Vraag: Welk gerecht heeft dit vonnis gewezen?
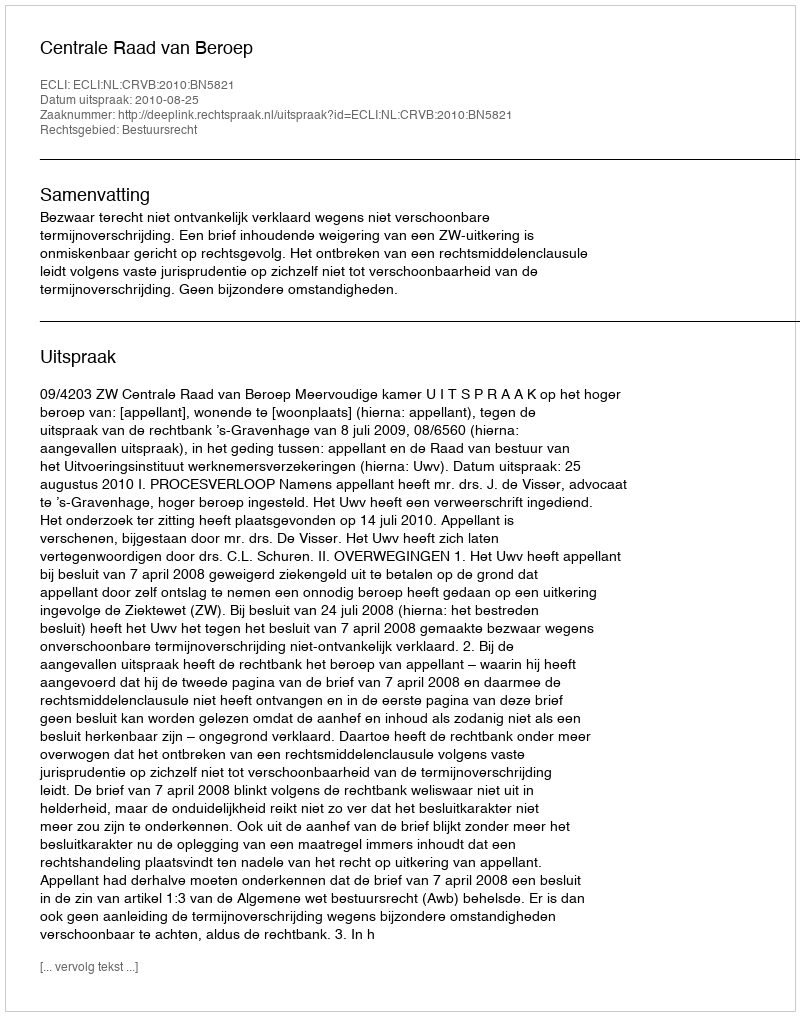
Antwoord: Centrale Raad van Beroep